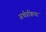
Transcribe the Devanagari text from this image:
अर्थप्रक्रिया